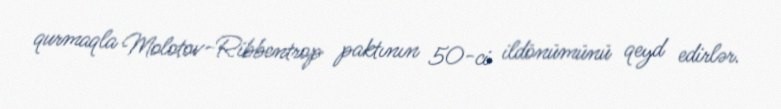
qurmaqla Molotov-Ribbentrop paktının 50-ci ildönümünü qeyd edirlər.